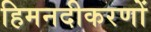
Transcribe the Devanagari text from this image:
हिमनदीकरणों